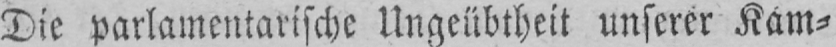
Die parlamentarische Ungeübtheit unserer Kam⸗